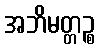
အဘိမတ္တဉ္စ